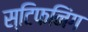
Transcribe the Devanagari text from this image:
स्टिफनिंग